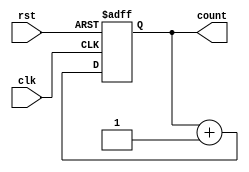
module pc(
	input clk, rst,
	output reg [9:0] count
	);

	always @(posedge clk, posedge rst) 
	begin
		if (rst)
			count = 9'b0;
		else 
			count = count + 9'b1;
	end

endmodule